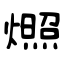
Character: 燳